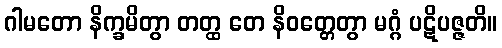
ဂါမတော နိက္ခမိတွာ တတ္ထ တေ နိဝတ္တေတွာ မဂ္ဂံ ပဋိပဇ္ဇတိ။